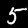
Digit: 5